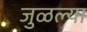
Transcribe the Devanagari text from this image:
जुळल्या